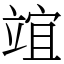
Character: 竩